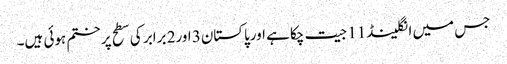
جس میں انگلینڈ11 جیت چکا ہے اورپاکستان3 اور2 برابر کی سطح پر ختم ہوئی ہیں۔